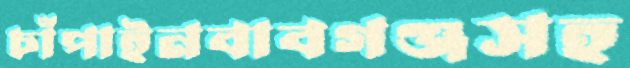
চাঁপাইনবাবগঞ্জসহ